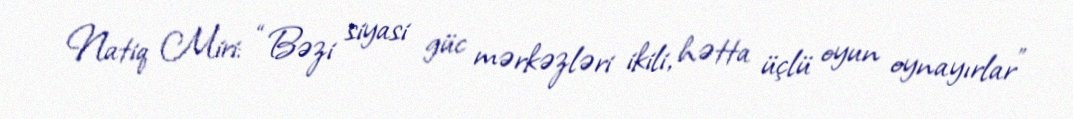
Natiq Miri: “Bəzi siyasi güc mərkəzləri ikili, hətta üçlü oyun oynayırlar”